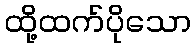
ထို့ထက်ပိုသော